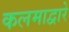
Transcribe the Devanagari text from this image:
कलमाद्वारे